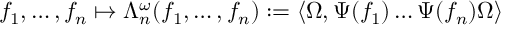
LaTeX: f _ { 1 } , \ldots , f _ { n } \mapsto \Lambda _ { n } ^ { \omega } ( f _ { 1 } , \ldots , f _ { n } ) : = \langle \Omega , \Psi ( f _ { 1 } ) \ldots \Psi ( f _ { n } ) \Omega \rangle